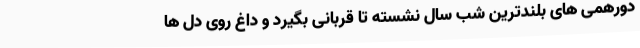
دورهمی های بلندترین شب سال نشسته تا قربانی بگیرد و داغ روی دل ها